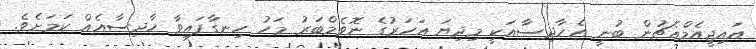
އައިޖީއެމްއެޗުން ބުނީ އެހާދިސާއަކީ މިދިޔަ އަހަރުގެ ނޮވެމްބަރު މަހު ހިނގާފައިވާ ހާދިސާއެއް ކަމަށެވެ.